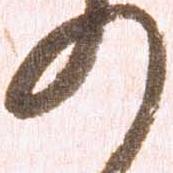
の